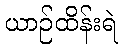
ယာဉ်ထိန်းရဲ